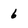
Character: 6